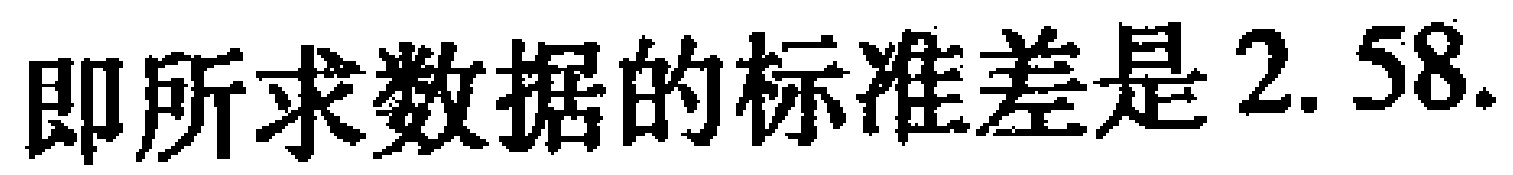
即所求数据的标准差是 \(2.58\).